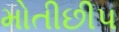
મોતીછીપ